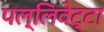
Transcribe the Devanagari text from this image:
पल्लिवेट्टा